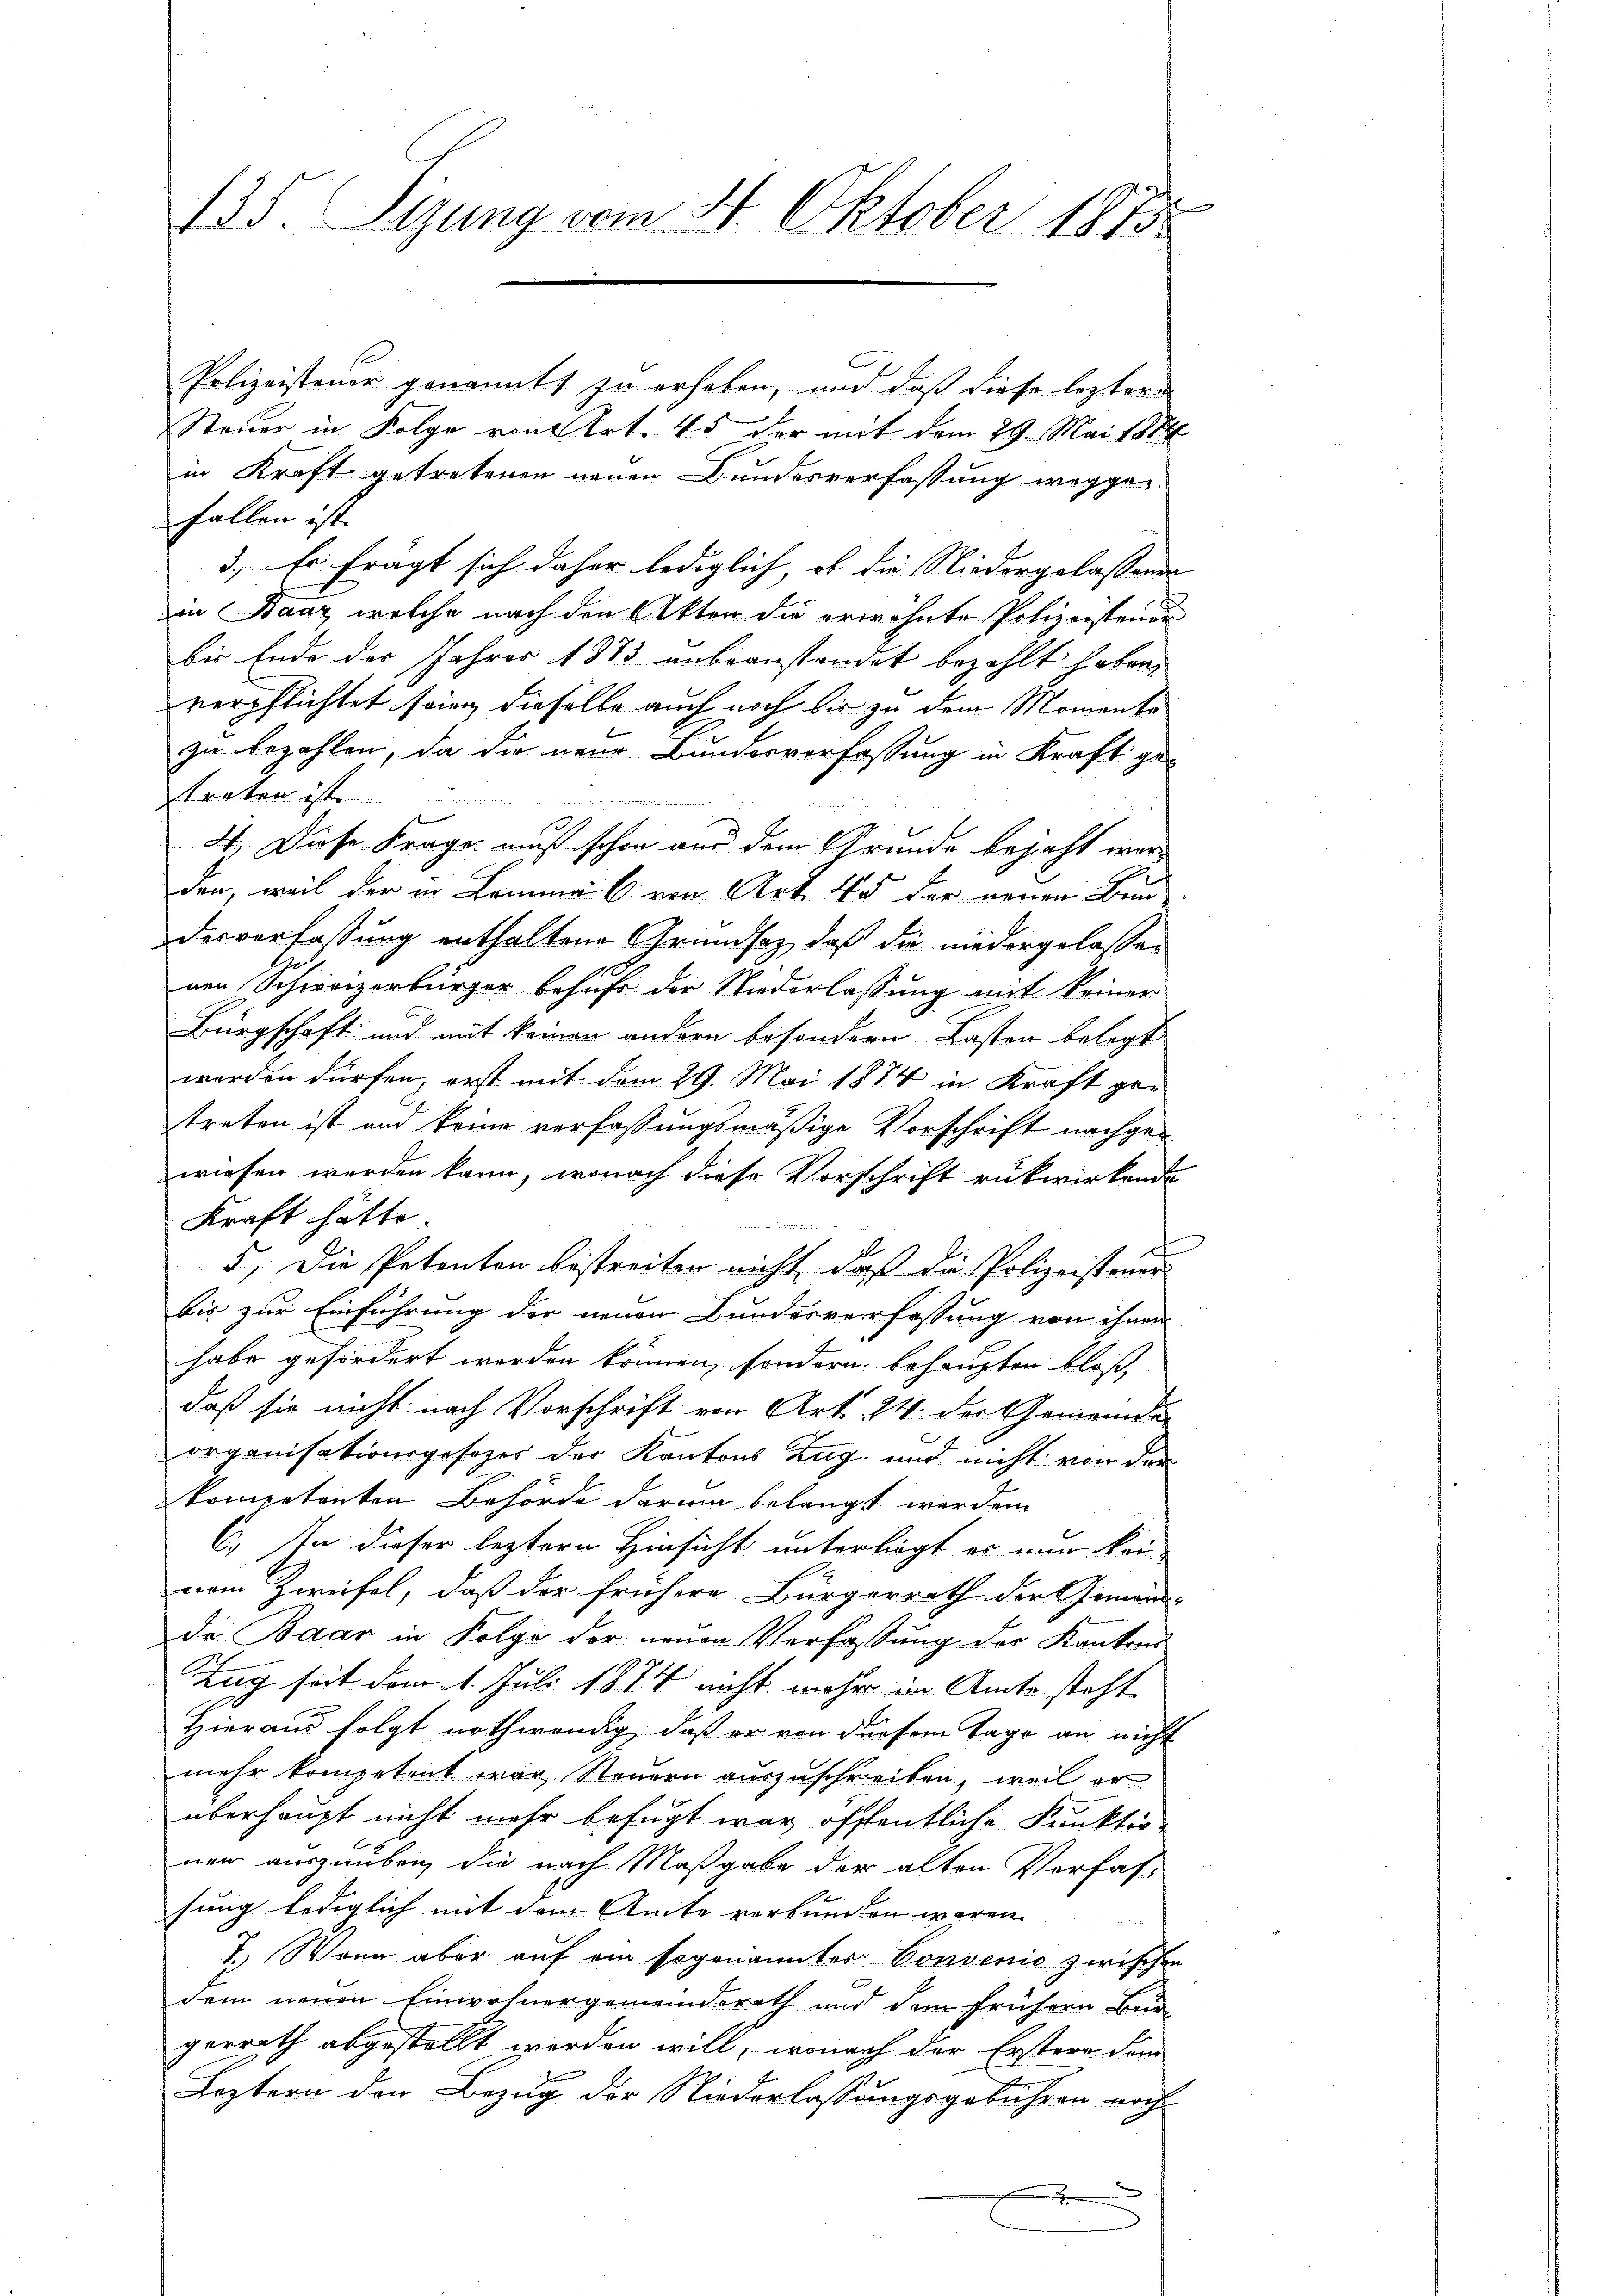
u
135. Sizung vom 4. Oktober 1873.

Polizeistener genannt zu erheben, und daß diese lezter¬
Steuer in Folge von Art. 45 der mit dem 29. Mai 1884
in Kraft getretenen neuen Bundesverfassung weggefallen ist.

3.) Es frägt sich daher lediglich, ob die Niedergelassenen
in Saaz welche nach den Akten die erwähnte Polizeisteuer
bis Ende der Jahres 1873 unbeanstandet bezahlt haben,
verpflichtet seien, dieselbe auch noch bis zu dem Momen bezu bezahlen, da die neue Bundesverfassung in Kraft gestraten ist
.
3
4. Diese Frage muß schon aus dem Grunde bejaht werden, weil der in Lemma 6 von Art. 45 der neuen Bun-
derverfassung enthaltene Grundsatz, daß die niedergelassen
nen Schweizerbürger behufe der Niederlassung mit keiner
Bürgschaft und mit keinen andern besondern Lasten belegt
werden dürfen, erst mit dem 29. Mai 1874 in Kraft getreten ist und keine verfassungsmäßige Vorschrift nachgewiesen werden kann, wonach diese Vorschrift rükwirkende
Kraft hätte

ch
5, Die Petenten bestreiten nicht, daß die Polizeistener
bis zur Einführung der neuen Bundesverfassung von ihnen
habe gefördert werden können, sondern behaupten bloß,
daß sie nicht nach Vorschrift von Art. 24 der Gemeinde
organisationsgesetzes der Kantons Zug und nicht von der
kompetenten Behörde darum belangt werden.
C.) In dieser leztere Hinsicht unterliegt er nur kei-
nem Zweifel, daß der frühere Bürgerrath der Gemeind-
de Baar in Folge der neuen Verfassung der Kantons
Tag seit dem 1. Juli 1874 nicht mehr im Amts steht
Hieraus folgt nothwendig, daß er von diesem Tage an nicht
mehr kompetent war Steuern auszuschreiben, weil er
überhaupt nicht mehr befugt war, öffentliche Punktio
ner auszuüben, die nach Maßgabe der alten Vorfas-
sung lediglich mit dem Amte verbunden waren
7.) Wenn aber auf ein sogenanntes Convenis zwischen
dem neuen Einwohnergemeinderath und dem frühern Bürgerrath abgestellt werden will, wonach der Erstern den
Leztern den Bezug der Niederlassungsgebühren noch
.
.